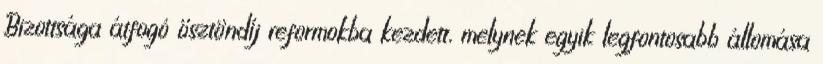
Bizottsága átfogó ösztöndíj reformokba kezdett, melynek egyik legfontosabb állomása